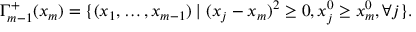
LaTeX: \Gamma _ { m - 1 } ^ { + } ( x _ { m } ) = \{ ( x _ { 1 } , \ldots , x _ { m - 1 } ) \mid ( x _ { j } - x _ { m } ) ^ { 2 } \ge 0 , x _ { j } ^ { 0 } \ge x _ { m } ^ { 0 } , \forall j \} .